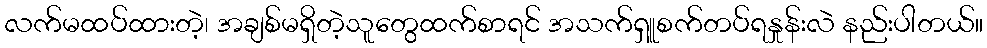
လက်မထပ်ထားတဲ့၊ အချစ်မရှိတဲ့သူတွေထက်စာရင် အသက်ရှူစက်တပ်ရနှုန်းလဲ နည်းပါတယ်။